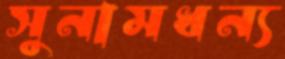
সুনামধন্য